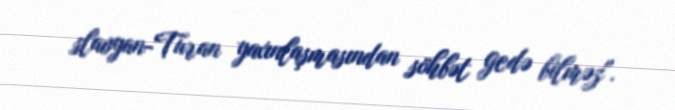
slavyan-Turan yaxınlaşmasından söhbət gedə bilməz".